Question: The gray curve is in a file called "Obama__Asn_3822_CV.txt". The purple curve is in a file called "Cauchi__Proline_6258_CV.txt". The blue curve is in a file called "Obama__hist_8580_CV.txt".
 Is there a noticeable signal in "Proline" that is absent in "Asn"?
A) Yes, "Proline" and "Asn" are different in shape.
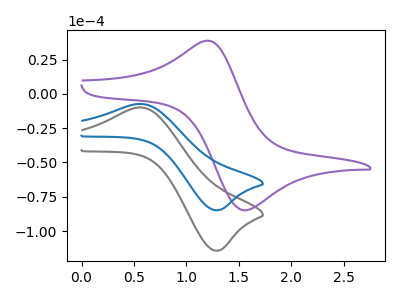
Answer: <think>The gray curve "Asn" has an anodic peak at (0.60V, -10.00uA) and a cathodic peak at (1.30V, -114.30uA). The purple curve "Proline" has an anodic peak at (1.25V, 38.45uA) and a cathodic peak at (1.55V, -84.90uA). The blue curve "hist" has an anodic peak at (0.60V, -7.40uA) and a cathodic peak at (1.30V, -84.85uA).
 "Proline" and "Asn" have at least one peak that do not match.</think>
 <answer>A) Yes, "Proline" and "Asn" are different in shape.</answer>
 <eval>A</eval>